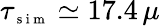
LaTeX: \tau_{\scriptsize\mathrm{~s~i~m~}}\simeq 17.4\, \mu